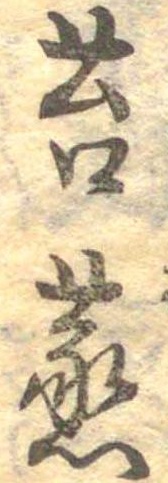
苔蒸